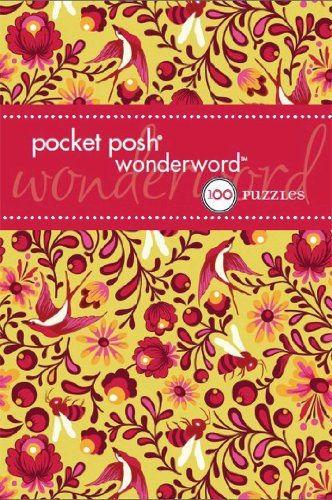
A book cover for Pocket Posh Wonderword 4: 100 Puzzles; The Puzzle Society; Humor & Entertainment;